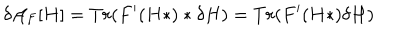
\delta { \cal A } _ { F } [ H ] = T r ( F ^ { \prime } ( H * ) * \delta H ) = T r ( F ^ { \prime } ( H * ) \delta H )